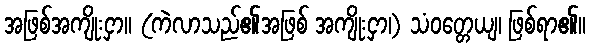
အဖြစ်အကျိုးငှာ။ (ကဲလာသည်၏အဖြစ် အကျိုးငှာ၊) သံဝတ္တေယျ၊ ဖြစ်ရာ၏။